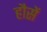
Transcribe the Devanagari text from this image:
हौसें